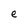
Character: e